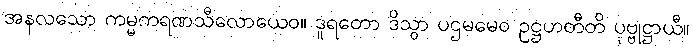
အနလသော ကမ္မကရဏသီလောယေဝ။ ဒူရတော ဒိသွာ ပဌမမေဝ ဥဋ္ဌဟတီတိ ပုဗ္ဗုဋ္ဌာယီ။